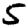
Digit: 5